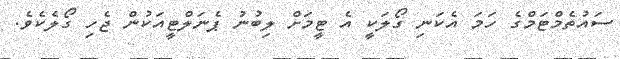
ސައުތެމްޓަމްގެ ހަމަ އެކަނި ގޯލަކީ އެ ޓީމަށް ލިބުނު ޕެނަލްޓީއަކުން ޖެހި ގޯލެކެވެ.